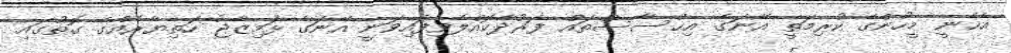
އެހެނީ މީހުންގެ ކުރިމަތީ އޭނަގެ އިޙްސާސްތައް ފަރުދާކޮއްލެވިފައިވަނީ އޭނަގެ ޅަމިޒާޖު ހަތިޔާރެއްގެ ގޮތުގައި